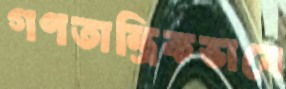
গণতান্ত্রিকভাবে